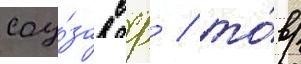
соу́за сср / то́в